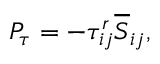
\begin{array} { r } { P _ { \tau } = - \tau _ { i j } ^ { r } \overline { { { S } } } _ { i j } , } \end{array}